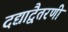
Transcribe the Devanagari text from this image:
दद्याद्वैतरणीं